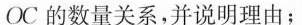
OC的数量关系，并说明理由；